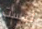
ليست